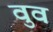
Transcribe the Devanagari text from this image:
वुव